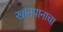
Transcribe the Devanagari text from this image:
खानपानाचा